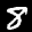
Label: 8